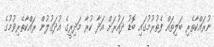
ނުރައްކާތެރި ބަލިތައް ފެތުރުމުގައި ބޮޑު ދައުރަށް އަދާ ކުރާ މަދިރީގެ އުދަގުލުން ރައްކާތެރިވުމުގެ